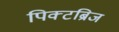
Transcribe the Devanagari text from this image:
पिक्टब्रिज